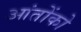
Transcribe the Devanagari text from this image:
आंतोंको